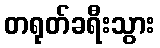
တရုတ်ခရီးသွား